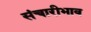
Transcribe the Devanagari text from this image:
संचारीभाव